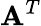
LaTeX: {\mathbf A}^{T}